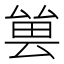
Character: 𠬀